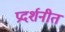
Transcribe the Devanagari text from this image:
प्रदर्शनीत